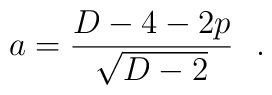
a = \frac{D-4-2p}{\sqrt{D-2}}~~.